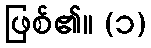
ဖြစ်၏။ (၁)